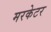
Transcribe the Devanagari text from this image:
मरकेटर